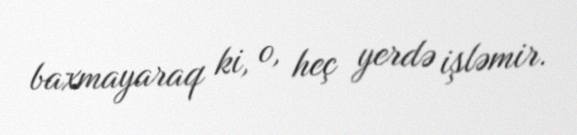
baxmayaraq ki, o, heç yerdə işləmir.